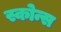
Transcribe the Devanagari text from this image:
स्कोन्स